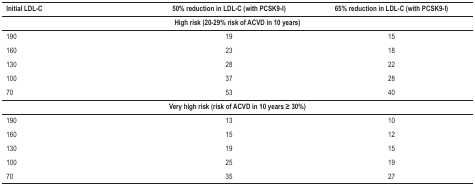
<table><thead><tr><td><b>Initial LDL-C</b></td><td><b>50% reduction in LDL-C (with PCSK9-I)</b></td><td><b>65% reduction in LDL-C (with PCSK9-I)</b></td></tr></thead><tbody><tr><td colspan="3"><b>High risk (20-29% risk of ACVD in 10 years)</b></td></tr><tr><td>190</td><td>19</td><td>15</td></tr><tr><td>160</td><td>23</td><td>18</td></tr><tr><td>130</td><td>28</td><td>22</td></tr><tr><td>100</td><td>37</td><td>28</td></tr><tr><td>70</td><td>53</td><td>40</td></tr><tr><td colspan="3"><b>Very high risk (risk of ACVD in 10 years ≥ 30%)</b></td></tr><tr><td>190</td><td>13</td><td>10</td></tr><tr><td>160</td><td>15</td><td>12</td></tr><tr><td>130</td><td>19</td><td>15</td></tr><tr><td>100</td><td>25</td><td>19</td></tr><tr><td>70</td><td>35</td><td>27</td></tr></tbody></table>